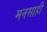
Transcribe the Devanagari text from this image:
मनसाही